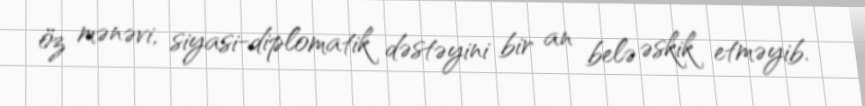
öz mənəvi, siyasi-diplomatik dəstəyini bir an belə əskik etməyib.